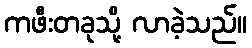
ကဖီးတခုသို့ လာခဲ့သည်။